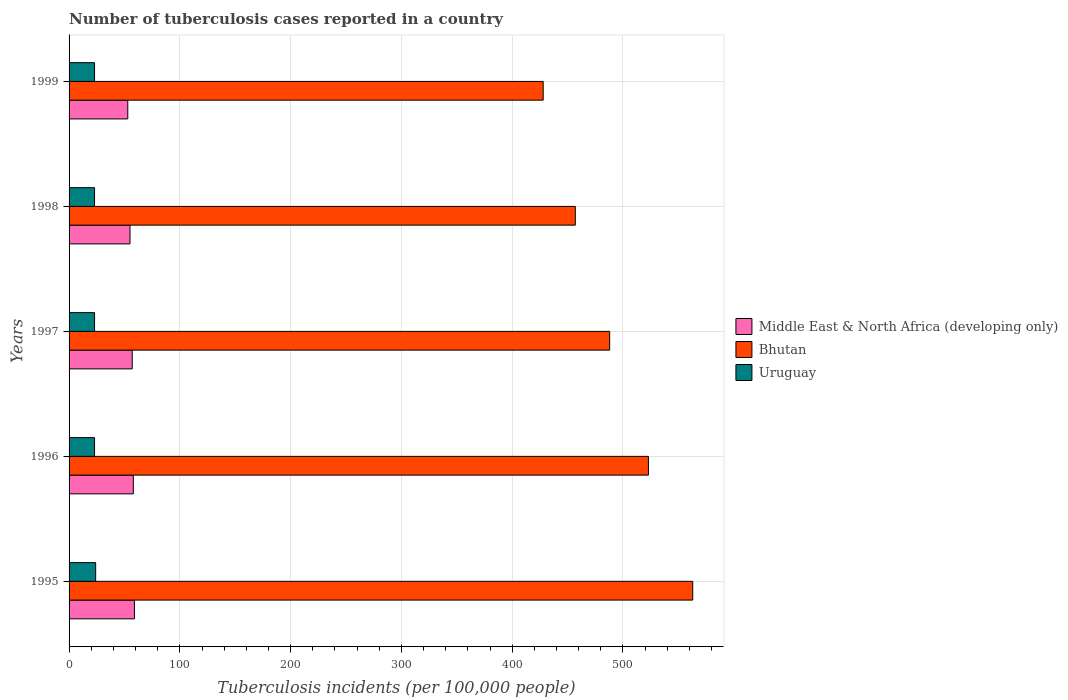
| Years | Middle East & North Africa (developing only) | Bhutan | Uruguay |
 | --- | --- | --- | --- |
 | 1995 | 59 | 563 | 24 |
 | 1996 | 58 | 523 | 23 |
 | 1997 | 57 | 488 | 23 |
 | 1998 | 55 | 457 | 23 |
 | 1999 | 53 | 428 | 23 |